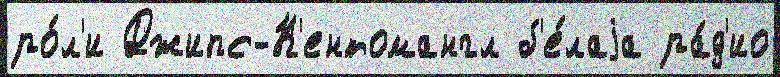
ро́л'и Джипс-К'ентомангл б'е́лаjа ра́д'ио